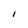
Character: l